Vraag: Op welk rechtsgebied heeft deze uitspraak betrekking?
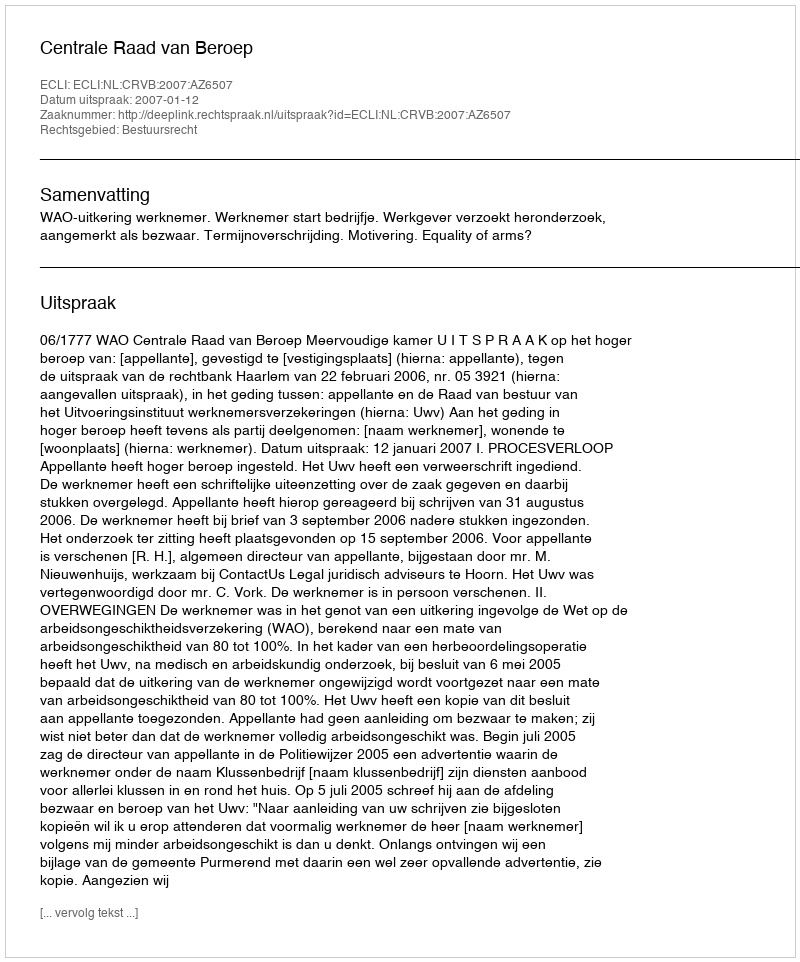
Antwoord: Bestuursrecht